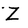
Character: Z